Report on vaccination in the Province of Bengal - 1869-1873
Year: 1869
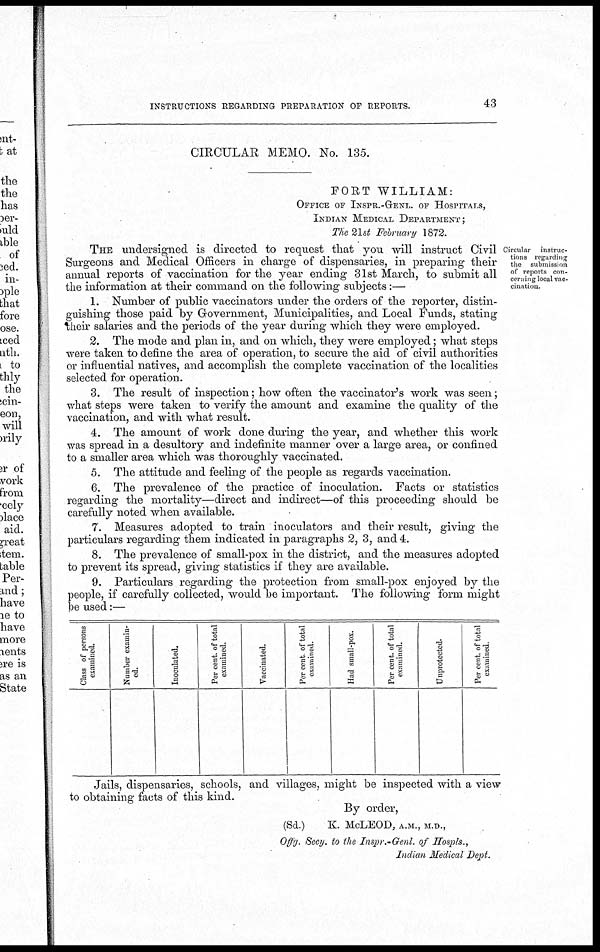
INSTRUCTIONS REGARDING PREPARATION OF REPORTS.
43
CIRCULAR MEMO. No. 135.
FORT WILLIAM:
OFFICE OF INSPR.-GENL. OF HOSPITALS,
INDIAN MEDICAL DEPARTMENT;
The 21st February 1872.
Circular instruc-
tions regarding
the submission
of reports con-
cerning local vac-
cination.
THE undersigned is directed to request that you will instruct Civil
Surgeons and Medical Officers in charge of dispensaries, in preparing their
annual reports of vaccination for the year ending 31st March, to submit all
the information at their command on the following subjects:—
1. Number of public vaccinators under the orders of the reporter, distin-
guishing those paid by Government, Municipalities, and Local Funds, stating
their salaries and the periods of the year during which they were employed.
2. The mode and plan in, and on which, they were employed; what steps
were taken to define the area of operation, to secure the aid of civil authorities
or influential natives, and accomplish the complete vaccination of the localities
selected for operation.
3. The result of inspection; how often the vaccinator's work was seen;
what steps were taken to verify the amount and examine the quality of the
vaccination, and with what result.
4. The amount of work done during the year, and whether this work
was spread in a desultory and indefinite manner over a large area, or confined
to a smaller area which was thoroughly vaccinated.
5. The attitude and feeling of the people as regards vaccination.
6. The prevalence of the practice of inoculation. Facts or statistics
regarding the mortality—direct and indirect—of this proceeding should be
carefully noted when available.
7. Measures adopted to train inoculators and their result, giving the
particulars regarding them indicated in paragraphs 2, 3, and 4.
8. The prevalence of small-pox in the district, and the measures adopted
to prevent its spread, giving statistics if they are available.
9. Particulars regarding the protection from small-pox enjoyed by the
people, if carefully collected, would be important. The following form might
be used:—
Class of persons
examined.
Number examin-
ed.
Inoculated.
Per cent. of total
examined.
Vaccinated.
Per cent of total
examined.
1
Had small-pox.
Per cent. of total
examined.
Unprotected.
Per cent. of total
examined.
Jails, dispensaries, schools, and villages, might be inspected with a view
to obtaining facts of this kind.
By order,
(Sd.)
K. McLEOD, A.M., M.D.,
Offg. Secy, to the Inspr.-Genl. of Hospls.,
Indian Medical Dept.